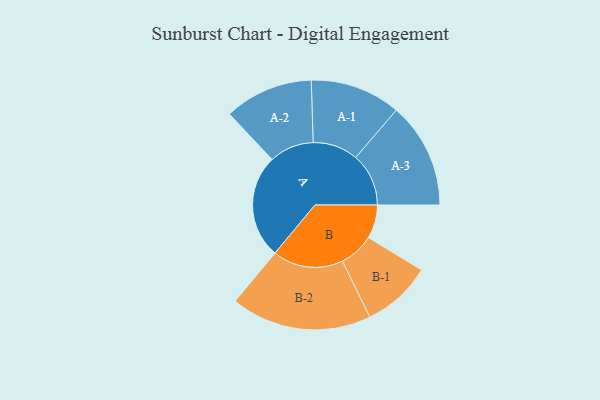
{"axis": {"x": "Segment", "y": "Value"}, "legend": ["", "A", "B"], "data": [{"x": "A", "y": 408, "type": ""}, {"x": "B", "y": 132, "type": ""}, {"x": "A-1", "y": 178, "type": "A"}, {"x": "A-2", "y": 175, "type": "A"}, {"x": "A-3", "y": 208, "type": "A"}, {"x": "B-1", "y": 137, "type": "B"}, {"x": "B-2", "y": 277, "type": "B"}]}